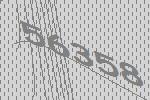
56358